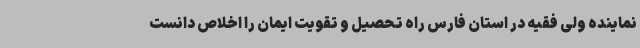
نماینده ولی فقیه در استان فارس راه تحصیل و تقویت ایمان را اخلاص دانست